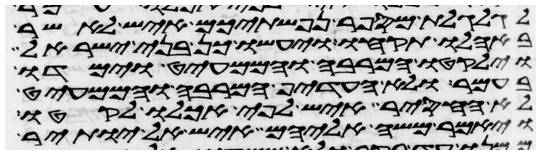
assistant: לגלגלת מספר נפשתיכם איש לאשר
באהלו תקחו ויעשו כן בני ישראל
וילקטו המרבה והממעיט וימדו
בעמר ולא העדיף המרבה והממעיט
לא החסיר איש לפי אכלו לקטו
ויאמר משה אליהם איש אל יותיר